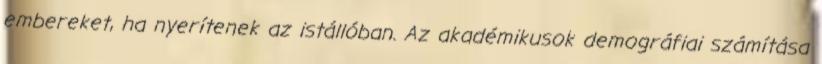
embereket, ha nyerítenek az istállóban. Az akadémikusok demográfiai számítása